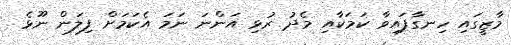
މާޒީގައި ހިނގާފައިވާ ކަމަކާއި މެދު ރުޅި އަންނަ ނަމަ އެކަމަށް ފިލަން ނޫޅެ